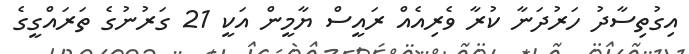
އިގުތިސާދު ހަރުދަނާ ކުރާ ވެރިއެއް ރައީސް ޔާމީން އަކީ 21 ގަރުނުގެ ތަރައްގީގެ